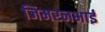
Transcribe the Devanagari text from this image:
जिमरनभाई